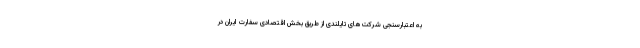
به اعتبارسنجی شرکت‌های تایلندی از طریق بخش اقتصادی سفارت ایران در